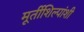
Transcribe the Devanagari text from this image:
मूर्तीशिल्पांशी